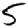
Digit: 5